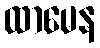
ထာမေန